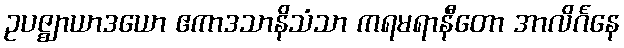
ဥပဇ္ဈာယာဒယော ဧကာဒသာနိသံသာ ကရမရာနီတော အာလိင်္ဂနေ